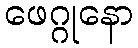
ဖေဂ္ဂုနော